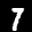
Label: 7